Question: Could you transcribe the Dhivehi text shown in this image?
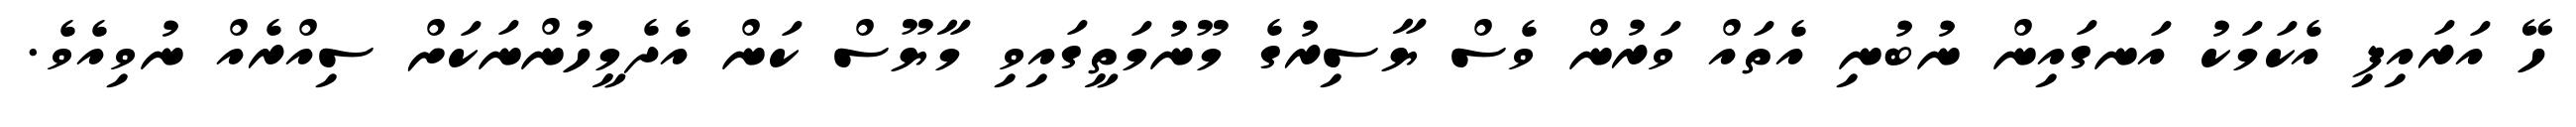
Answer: ހޭ އަރައިފި އެކަމަކު އަނގައިން ނުބުނި އެތައް ވަރުން ވެސް ޔާސިރުގެ މޫނުމަތީގައިވި މާޔޫސް ކަން އެދެމީހުންނަކަށް ސިއްރެއް ނުވިއެވެ.